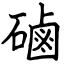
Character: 磠